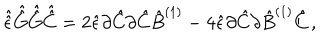
\hat { \hat { \epsilon } } \hat { \hat { G } } \hat { \hat { G } } \hat { \hat { C } } = 2 \hat { \epsilon } \partial \hat { C } \partial \hat { C } \hat { B } ^ { ( 1 ) } - 4 \hat { \epsilon } \partial \hat { C } \partial \hat { B } ^ { ( 1 ) } \hat { C } \, ,